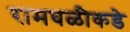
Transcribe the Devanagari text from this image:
रामघळीकडे